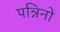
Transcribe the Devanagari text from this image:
पन्निनो